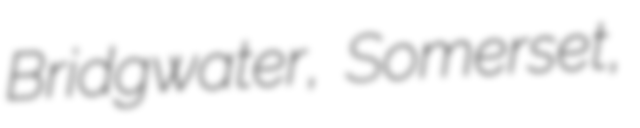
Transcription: Bridgwater, Somerset,